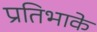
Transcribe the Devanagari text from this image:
प्रतिभाके